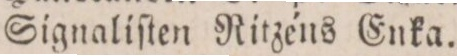
Signaliſten Ritzéns Enka.